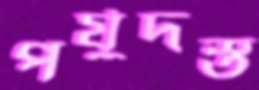
পর্যুদস্ত